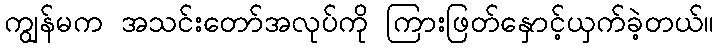
ကျွန်မက အသင်းတော်အလုပ်ကို ကြားဖြတ်နှောင့်ယှက်ခဲ့တယ်။